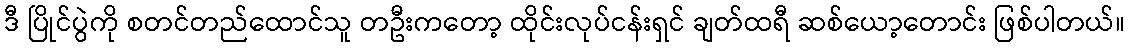
ဒီ ပြိုင်ပွဲကို စတင်တည်ထောင်သူ တဦးကတော့ ထိုင်းလုပ်ငန်းရှင် ချတ်ထရီ ဆစ်ယော့တောင်း ဖြစ်ပါတယ်။